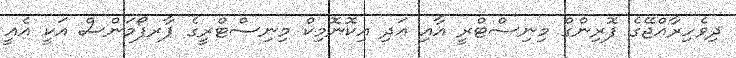
ދިވެހިރާއްޖޭގެ ފޮރިންގް މިނިސްޓްރީ އާއި އަދި އިކޮނޮމިކް މިނިސްޓްރީގެ ޕާރފޯމަންސް އަކީ އެއީ